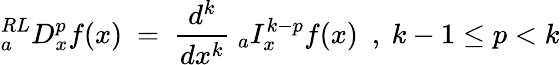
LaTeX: {}_{a}^{RL}D_{x}^{p}f(x)~=~{\frac{d^{k}}{dx^{k}}}~{}_{a}I_{x}^{k-p}f(x)~~,~k-1\leq p<k